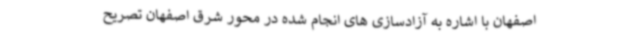
اصفهان با اشاره به آزادسازی های انجام شده در محور شرق اصفهان تصریح